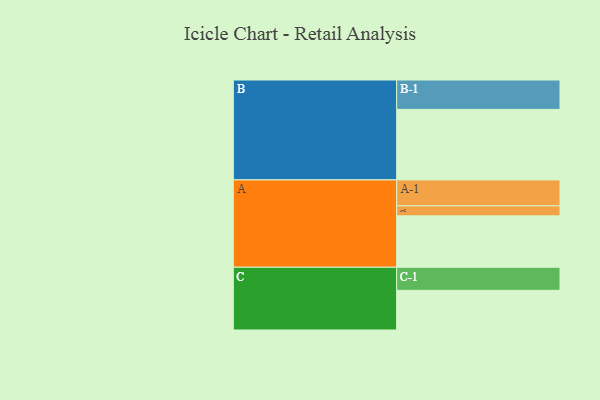
{"axis": {"x": "Segment", "y": "Value"}, "legend": ["", "A", "B", "C"], "data": [{"x": "A", "y": 430, "type": ""}, {"x": "B", "y": 590, "type": ""}, {"x": "C", "y": 332, "type": ""}, {"x": "A-1", "y": 217, "type": "A"}, {"x": "A-2", "y": 84, "type": "A"}, {"x": "B-1", "y": 246, "type": "B"}, {"x": "C-1", "y": 193, "type": "C"}]}